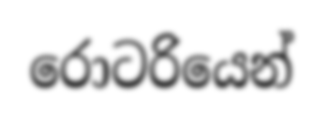
රොටරියෙන්